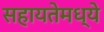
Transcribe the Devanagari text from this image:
सहायतेमध्ये